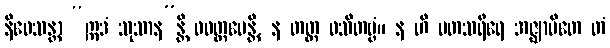
နိဝေသန္တာ “ဣဒံ သုသာန”န္တိ ဝဝတ္ထပေန္တိ, န တတ္ထ ဝသိတဗ္ဗံ။ န ဟိ မတသရီရေ အဇ္ဈာပိတေ တံ